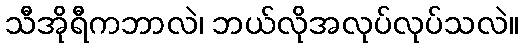
သီအိုရီကဘာလဲ၊ ဘယ်လိုအလုပ်လုပ်သလဲ။